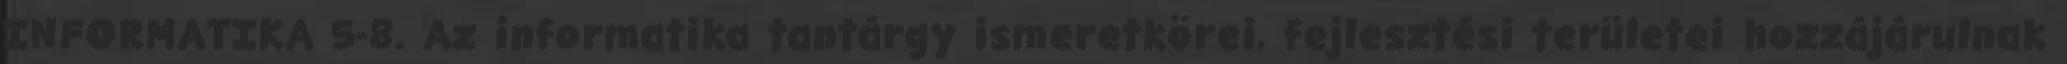
INFORMATIKA 5-8. Az informatika tantárgy ismeretkörei, fejlesztési területei hozzájárulnak